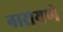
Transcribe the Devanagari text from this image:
नारायणे